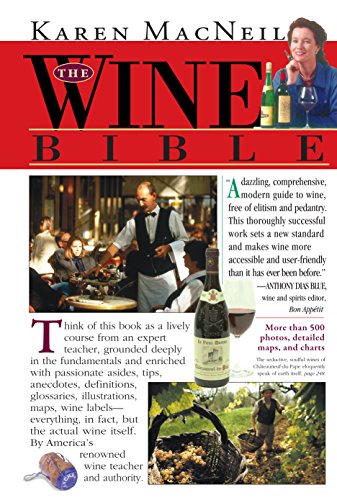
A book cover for The Wine Bible; Karen MacNeil; Cookbooks, Food & Wine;